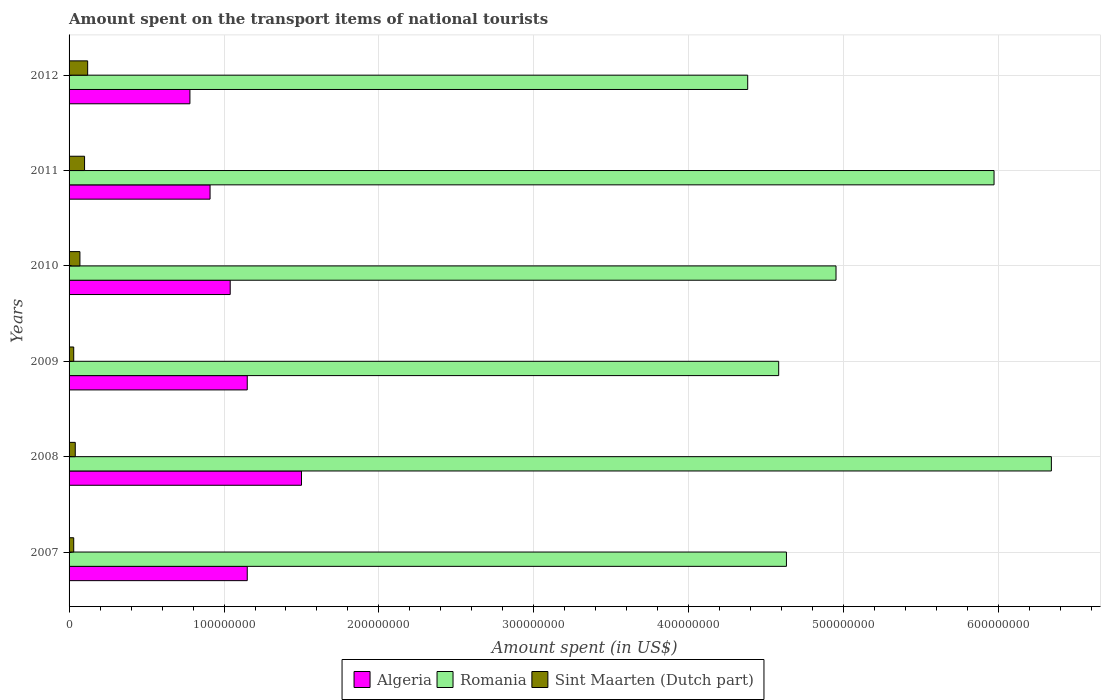
| Years | Algeria | Romania | Sint Maarten (Dutch part) |
 | --- | --- | --- | --- |
 | 2007 | 1.15e+08 | 4.63e+08 | 3e+06 |
 | 2008 | 1.5e+08 | 6.34e+08 | 4e+06 |
 | 2009 | 1.15e+08 | 4.58e+08 | 3e+06 |
 | 2010 | 1.04e+08 | 4.95e+08 | 7e+06 |
 | 2011 | 9.1e+07 | 5.97e+08 | 1e+07 |
 | 2012 | 7.8e+07 | 4.38e+08 | 1.2e+07 |